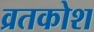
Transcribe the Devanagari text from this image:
व्रतकोश